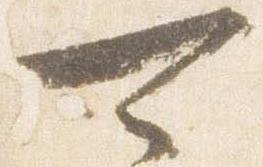
可